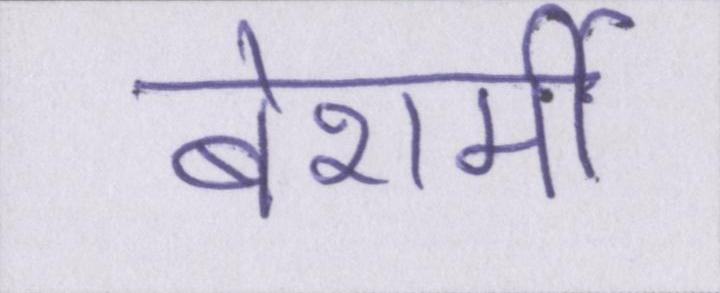
बेशर्मी